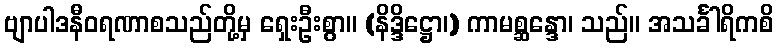
ဗျာပါဒနီဝရဏာစသည်တို့မှ ရှေးဦးစွာ။ (နိဒ္ဒိဋ္ဌော၊) ကာမစ္ဆန္ဒော၊ သည်။ အသင်္ခါရိကစိ